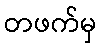
တဖက်မှ